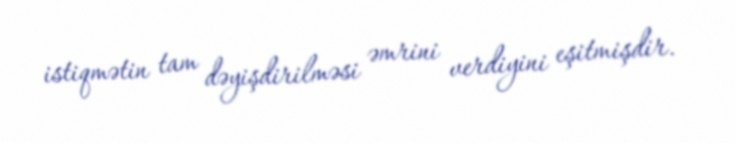
istiqmətin tam dəyişdirilməsi əmrini verdiyini eşitmişdir.